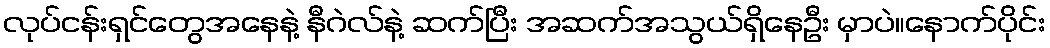
လုပ်ငန်းရှင်တွေအနေနဲ့ နီဂဲလ်နဲ့ ဆက်ပြီး အဆက်အသွယ်ရှိနေဦး မှာပဲ။နောက်ပိုင်း